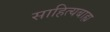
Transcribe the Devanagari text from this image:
साहित्यबाह्य